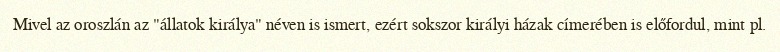
Mivel az oroszlán az "állatok királya" néven is ismert, ezért sokszor királyi házak címerében is előfordul, mint pl.